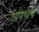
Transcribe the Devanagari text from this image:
अपचेय